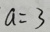
a = 3